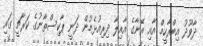
ދާވޫދު އިބްރާހީމް އާއި އޭނާގެ އާއިލާ ދިރިއުޅެމުން ދަނީ ޕާކިސްތާނުގެ ކަރާޗީ ގައި